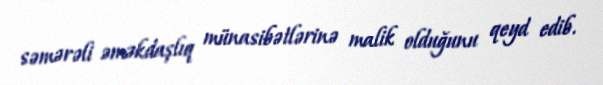
səmərəli əməkdaşlıq münasibətlərinə malik olduğunu qeyd edib.